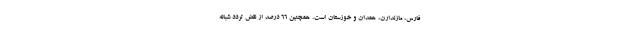
فارس، مازندارن، همدان و خوزستان است. همچنین ۶۶ درصد از نقض تردد شبانه